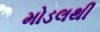
મોડલથી